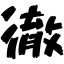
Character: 徹